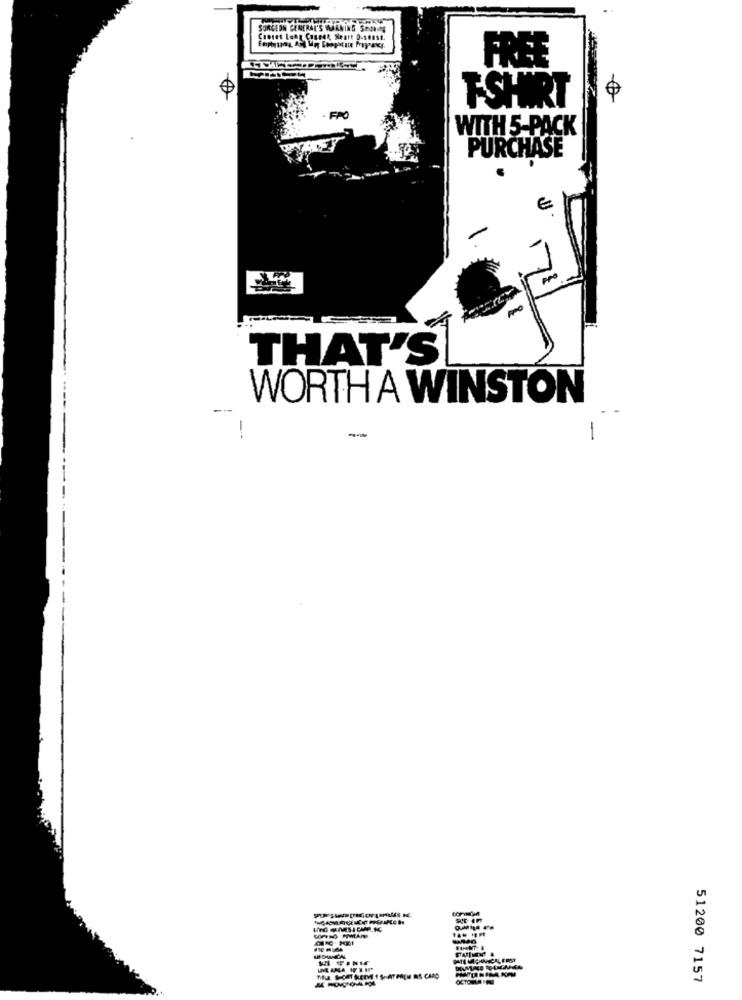
SURGEON GENERAL'S WARNING SOON
Cantes Lent Coted', Seart D.sens4.
FREE
T-SHIRT
FRO
WITH 5-PACK
PURCHASE
€
THAT'S
WORTH A WINSTON
---
-
-
MEDUNCAL
UMANA WII
51200 7157